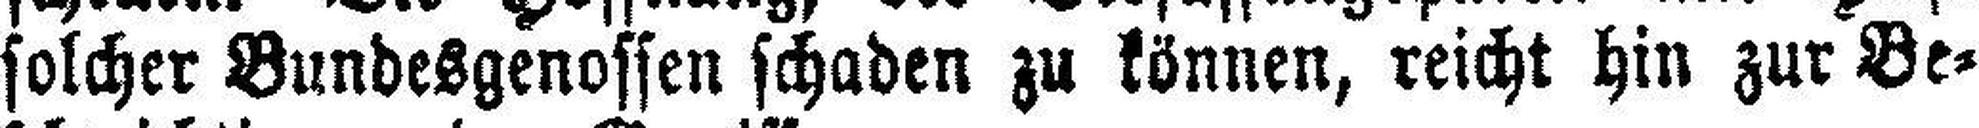
solcher Bundesgenossen schaden zu können, reicht hin zur Be¬